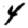
Digit: 4